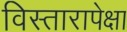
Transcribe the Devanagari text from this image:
विस्तारापेक्षा